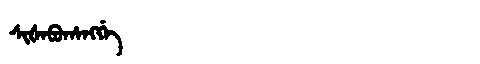
Manchu: ᠰᡳᡧᠠᠪᡠᡥᠠᠩᡤᡝ
Romanization: SIŠABUHANGGE